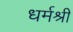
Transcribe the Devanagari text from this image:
धर्मश्री